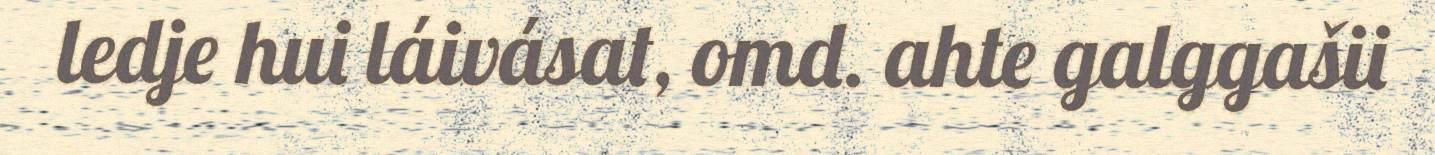
ledje hui láivásat, omd. ahte galggašii